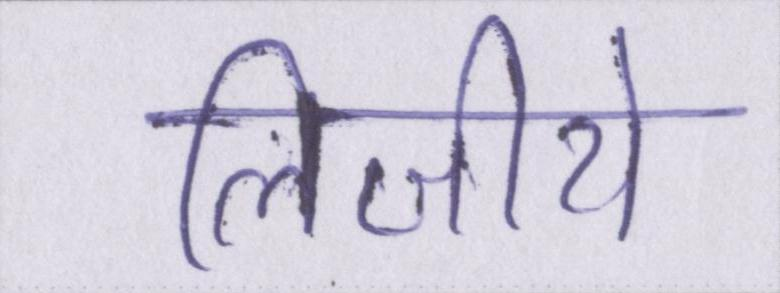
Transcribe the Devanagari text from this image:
लिजीये